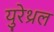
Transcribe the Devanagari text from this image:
युरेथ्रल